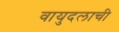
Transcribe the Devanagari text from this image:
वायुदलाची